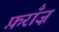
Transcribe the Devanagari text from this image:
फ़राँज़